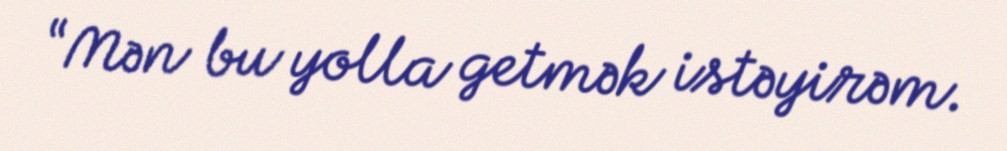
“Mən bu yolla getmək istəyirəm.